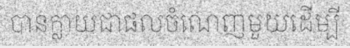
បានក្លាយជាផលចំណេញមួយដើម្បី